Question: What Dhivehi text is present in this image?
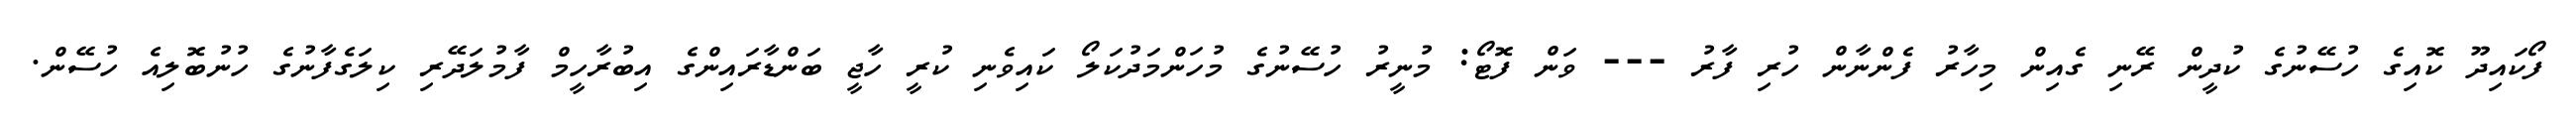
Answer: ފޯކައިދޫ ކޮއިގެ ހުސޭނުގެ ކުދީން ރޭނި ގެއިން މިހާރު ފެންނާން ހުރި ފާރު --- ވަން ފޮޓޯ: މުނީރު ހުސޭނުގެ މުހަންމަދުކަލޯ ކައިވެނި ކުރީ ހާޖީ ބަންޑާރައިންގެ އިބުރާހީމް ފާމުލަދޭރި ކިލަގެފާނުގެ ހުނުބޮލިއެ ހުސޭން.